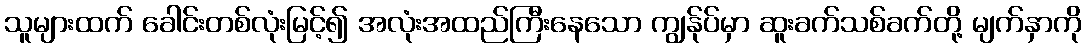
သူများထက် ခေါင်းတစ်လုံးမြင့်၍ အလုံးအထည်ကြီးနေသော ကျွန်ုပ်မှာ ဆူးခက်သစ်ခက်တို့ မျက်နှာကို